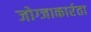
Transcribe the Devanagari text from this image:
जोग्जाकार्रता